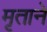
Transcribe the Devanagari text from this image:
मृताने